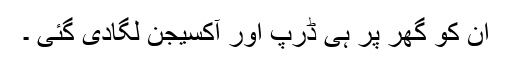
ان کو گھر پر ہی ڈرپ اور آکسیجن لگادی گئی ۔